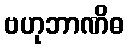
ဗဟုဘာဏိဓ